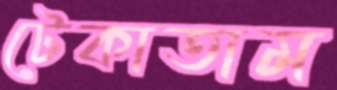
টেকাতাম